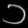
Digit: ၁